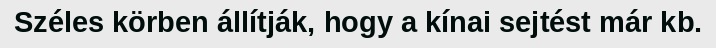
Széles körben állítják, hogy a kínai sejtést már kb.